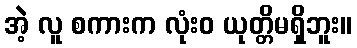
အဲ့ လူ စကားက လုံးဝ ယုတ္တိမရှိဘူး။